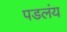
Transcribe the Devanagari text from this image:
पडलंय